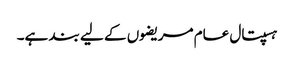
ہسپتال عام مریضوں کے لیے بند ہے۔